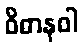
ဝိဓာနဝါ